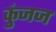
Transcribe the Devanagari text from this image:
कुंजज